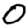
Digit: 0